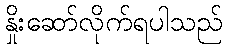
နှိုးဆော်လိုက်ရပါသည်